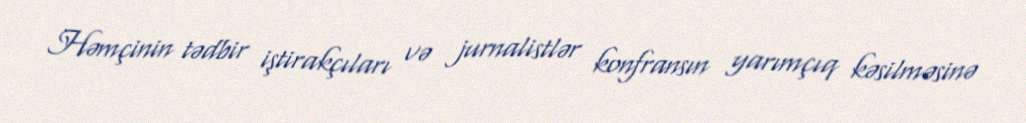
Həmçinin tədbir iştirakçıları və jurnalistlər konfransın yarımçıq kəsilməsinə